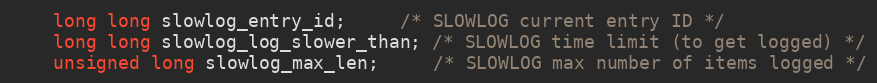
Language: C
    long long slowlog_entry_id;     /* SLOWLOG current entry ID */
    long long slowlog_log_slower_than; /* SLOWLOG time limit (to get logged) */
    unsigned long slowlog_max_len;     /* SLOWLOG max number of items logged */